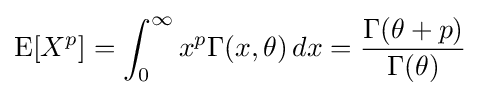
\operatorname {E} [X^{p}]=\int _{0}^{\infty }x^{p}\Gamma (x,\theta )\,dx={\frac {\Gamma (\theta +p)}{\Gamma (\theta )}}